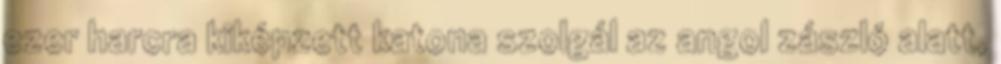
ezer harcra kiképzett katona szolgál az angol zászló alatt,